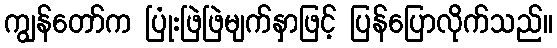
ကျွန်တော်က ပြုံးဖြဲဖြဲမျက်နှာဖြင့် ပြန်ပြောလိုက်သည်။